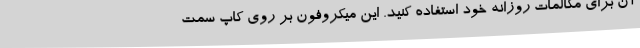
آن برای مکالمات روزانه خود استفاده کنید. این میکروفون بر روی کاپ سمت